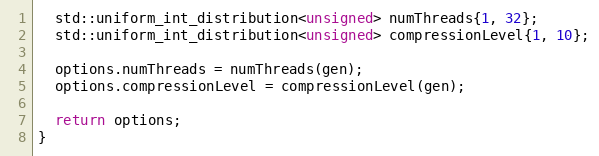
Language: C++
  std::uniform_int_distribution<unsigned> numThreads{1, 32};
  std::uniform_int_distribution<unsigned> compressionLevel{1, 10};

  options.numThreads = numThreads(gen);
  options.compressionLevel = compressionLevel(gen);

  return options;
}